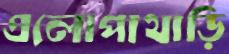
এলোপাথাড়ি